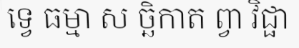
ទ្វេ ធម្មា ស ច្ឆិកាត ព្វា វិជ្ផា